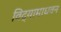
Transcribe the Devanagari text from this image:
विद्यामाधवन